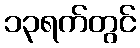
၁၃ရက်တွင်